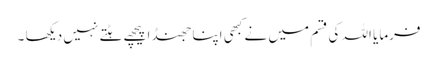
فرمایا اللہ کی قسم میں نے کبھی اپنا جھنڈا پیچھے ہٹتے نہیں دیکھا ۔